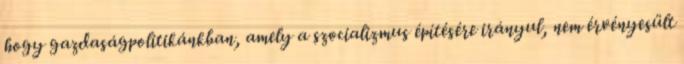
hogy gazdaságpolitikánkban, amely a szocializmus építésére irányul, nem érvényesült